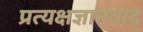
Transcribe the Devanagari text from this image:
प्रत्यक्षज्ञानवाद